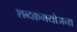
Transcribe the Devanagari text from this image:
शब्दक्रमयोजना